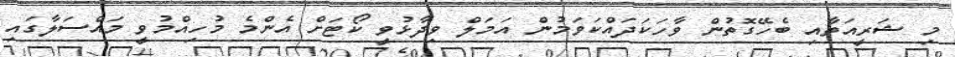
މި ޝަރީއަތާއި ބެހޭގޮތުން ވާހަކަދައްކަވަމުން އަމަލް ވިދާޅުވީ ކޯޓަށް އެންމެ މުހިއްމުވީ މައްސަލާގައި